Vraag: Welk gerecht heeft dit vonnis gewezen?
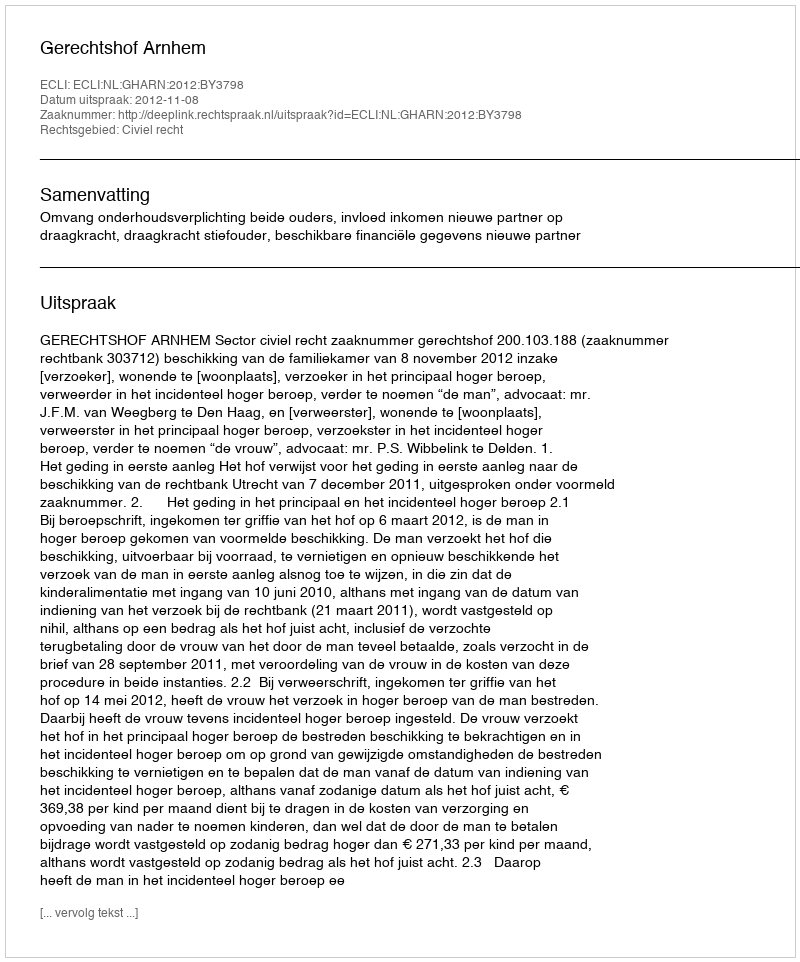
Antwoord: Gerechtshof Arnhem